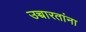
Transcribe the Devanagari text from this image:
उच्चारतांना